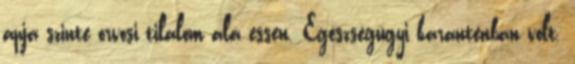
apja szinte orvosi tilalom alá essen. Egészségügyi karanténban volt.